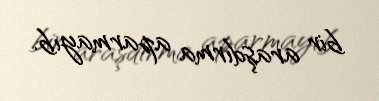
bir araşdırma aparmayıb.